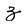
Character: z